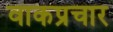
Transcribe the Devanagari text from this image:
वाकप्रचार